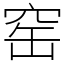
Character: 窑